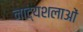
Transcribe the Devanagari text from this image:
नाट्यशलाओं